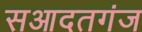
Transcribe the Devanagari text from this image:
सआदतगंज